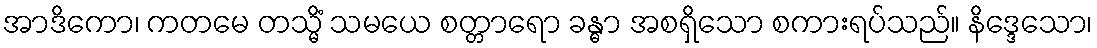
အာဒိကော၊ ကတမေ တသ္မိံ သမယေ စတ္တာရော ခန္ဓာ အစရှိသော စကားရပ်သည်။ နိဒ္ဒေသော၊